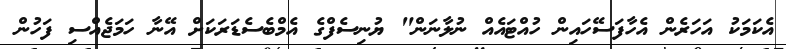
އެކަމަކު އަހަރެން އެހާފަސޭހައިން ހުއްޓައެއް ނުލާނަން" ޔުނިސެފްގެ އެމްބެސެޑަރަކަށް އޭނާ ހަމަޖެއްސި ފަހުން